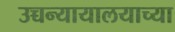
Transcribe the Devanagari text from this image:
उच्चन्यायालयाच्या